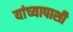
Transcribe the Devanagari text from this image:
यांच्यापाशी